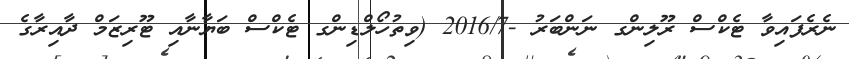
ނެރެފައިވާ ޓެކްސް ރޫލިންގ ނަންބަރު -2016/7 (ވިތުހޯލްޑިންގ ޓެކްސް ބަޔާނާއި ޓޫރިޒަމް ދާއިރާގެ